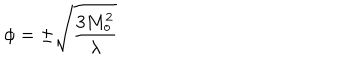
\phi = \pm { \sqrt { { \frac { 3 M _ { o } ^ { 2 } } { \lambda } } } }